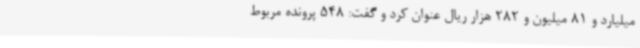
میلیارد و 81 میلیون و 282 هزار ریال عنوان کرد و گفت: 548 پرونده مربوط